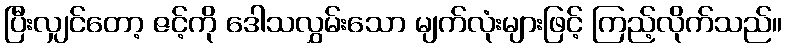
ပြီးလျှင်တော့ ဇင့်ကို ဒေါသလွှမ်းသော မျက်လုံးများဖြင့် ကြည့်လိုက်သည်။